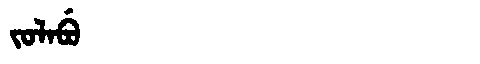
Manchu: ᠵᠣᠯᠠᠪᡠ
Romanization: JOLABU